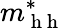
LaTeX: m_{\mathrm{~h~h~}}^{*}